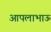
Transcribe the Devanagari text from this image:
आपलाभाऊ